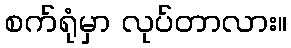
စက်ရုံမှာ လုပ်တာလား။